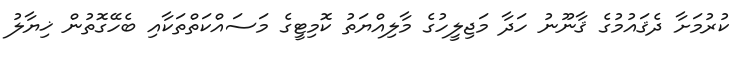
ކުރުމަށާ ދެޤައުމުގެ ޤާނޫނު ހަދާ މަޖިލީހުގެ މާލިއްޔަތު ކޮމިޓީގެ މަސައްކަތްތަކާއި ބެހޭގޮތުން ޚިޔާލު